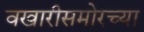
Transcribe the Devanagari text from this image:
वखारीसमोरच्या